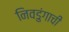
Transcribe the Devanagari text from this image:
निवडुंगाची